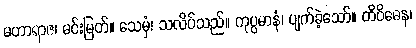
မဟာရာဇ၊ မင်းမြတ်။ သေမှံ၊ သလိပ်သည်။ ကုပ္ပမာနံ၊ ပျက်ခဲ့သော်။ တိဝိဓေန၊